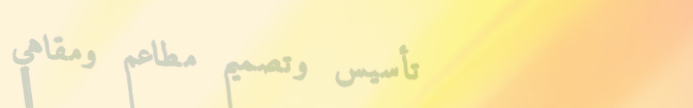
تأسيس وتصميم مطاعم ومقاهي